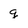
Character: g